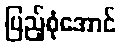
ပြည့်စုံအောင်